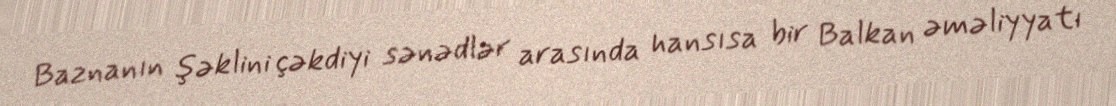
Baznanın şəklini çəkdiyi sənədlər arasında hansısa bir Balkan əməliyyatı